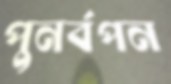
পুনর্বপন